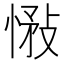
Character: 𢝠